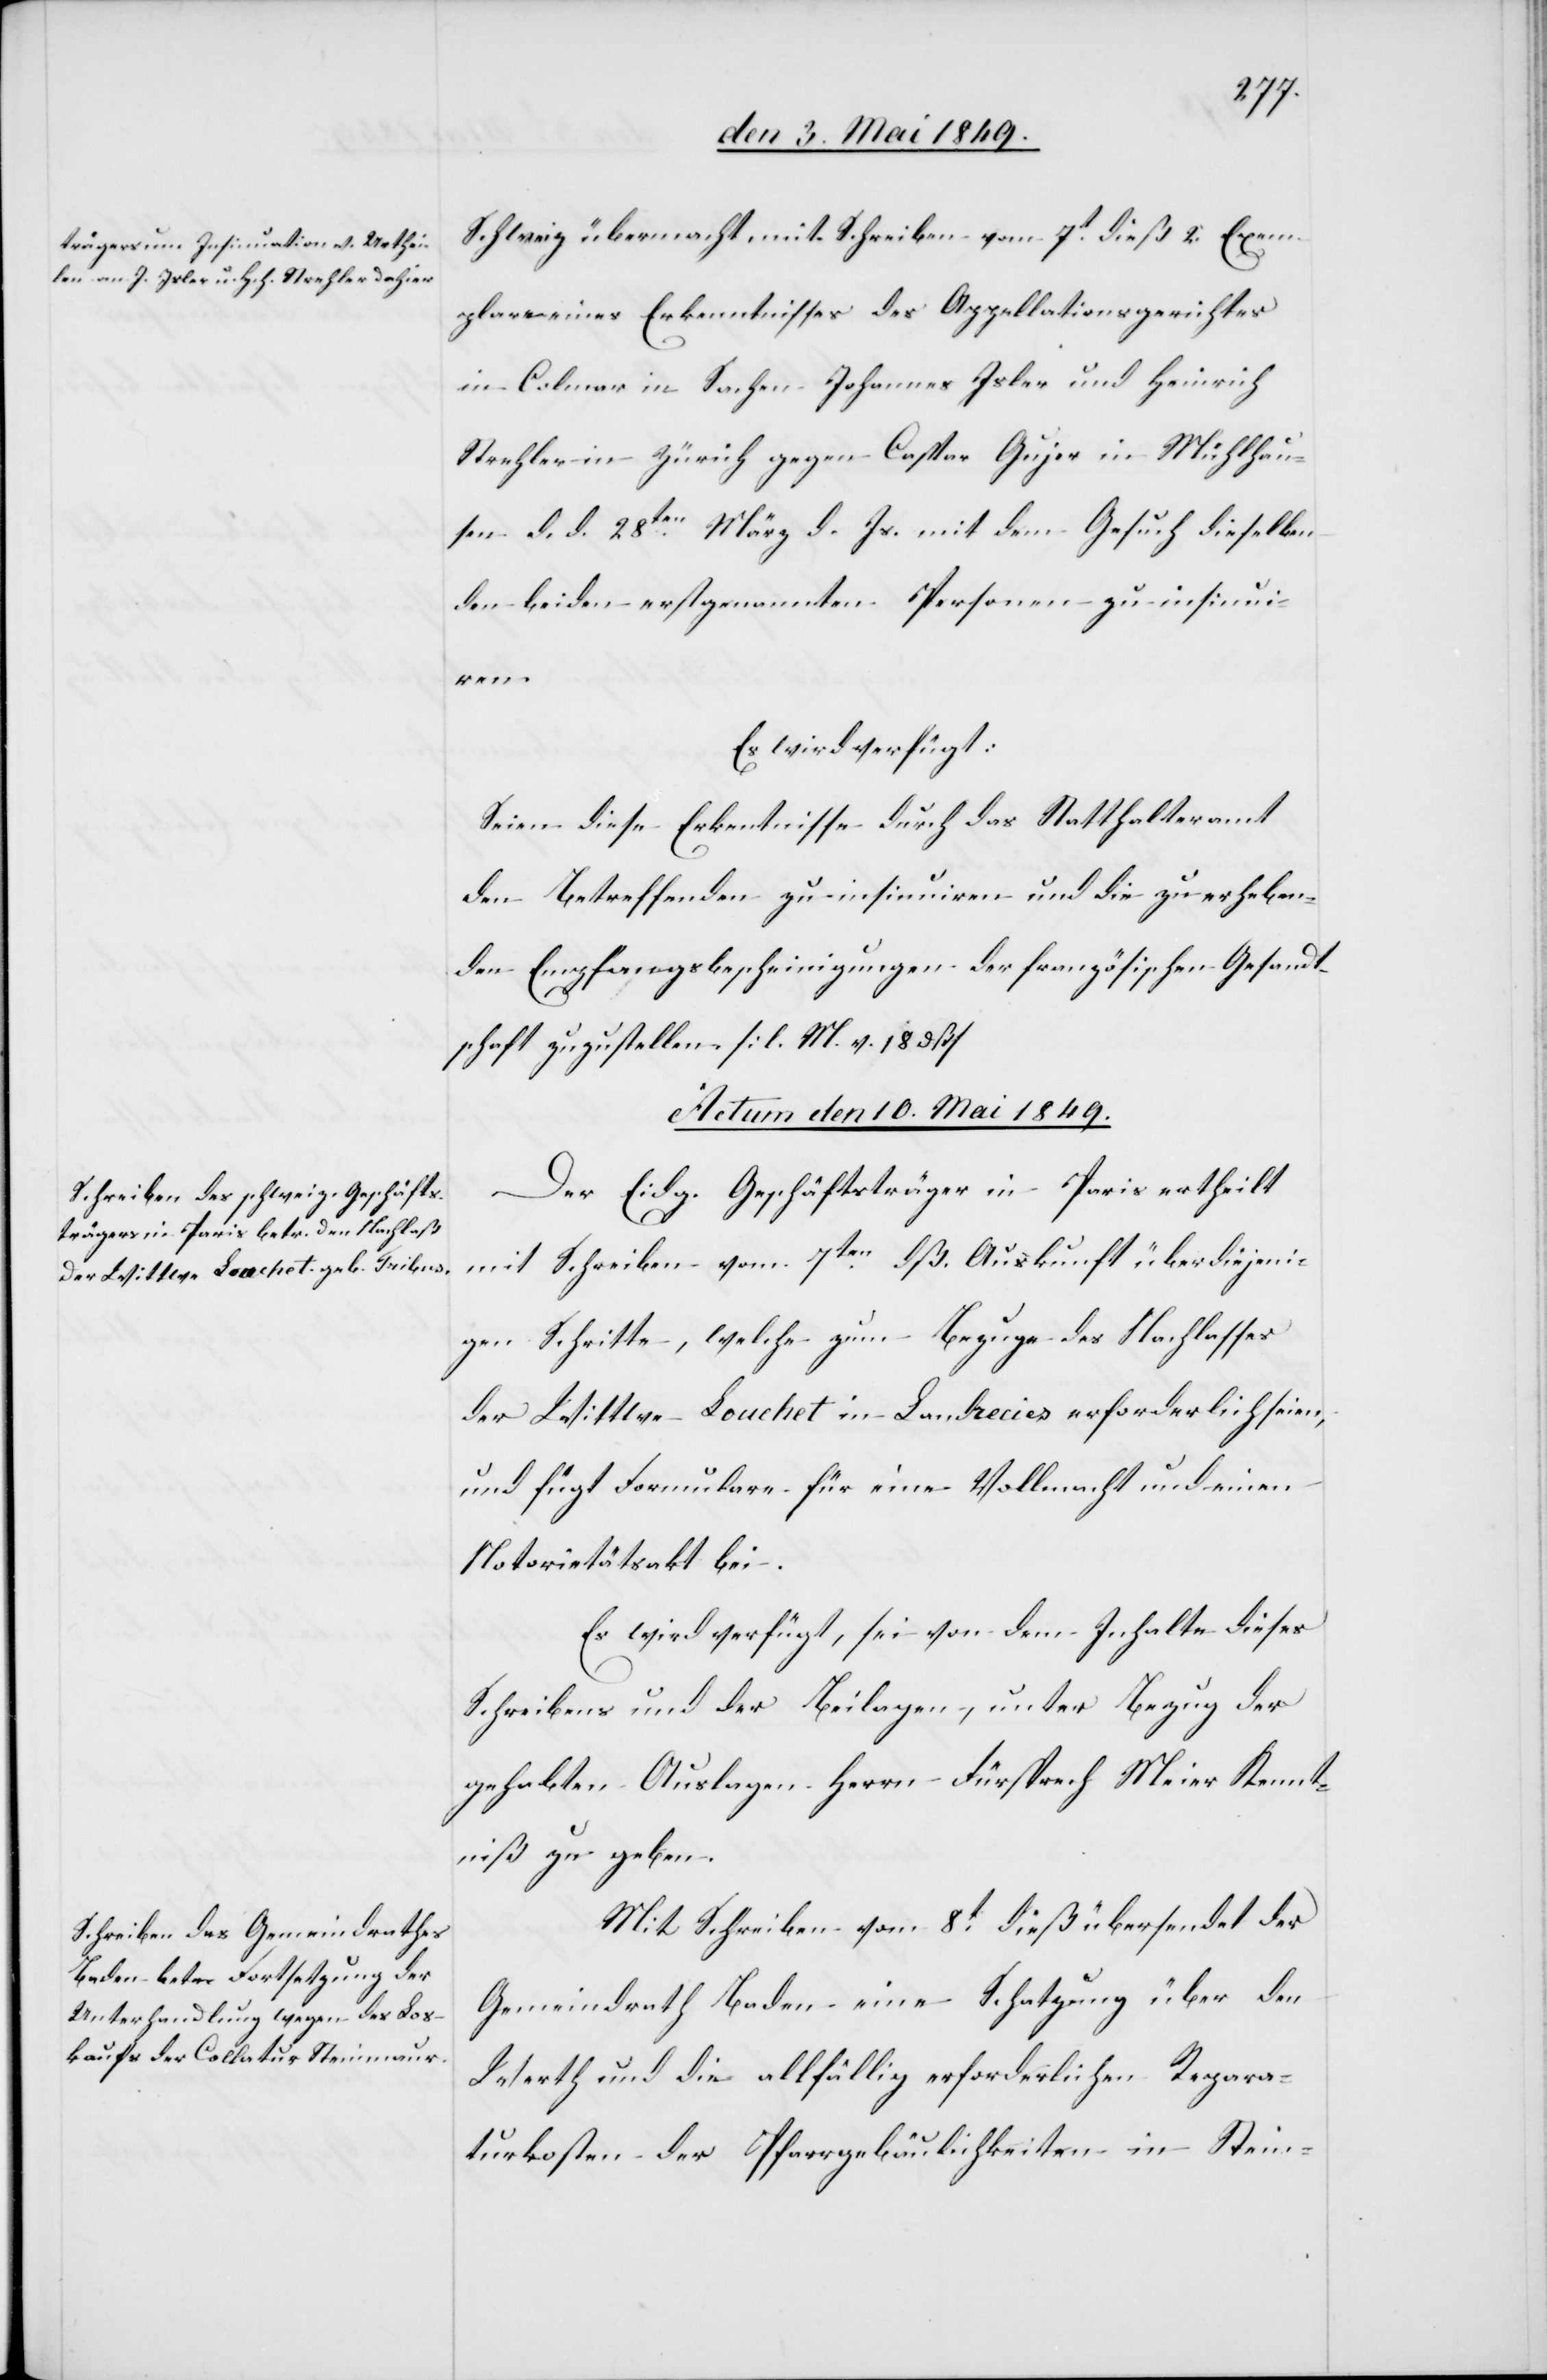
Schweiz übermacht mit Schreiben vom 7t dieß 2. Exem¬
plare eines Erkenntnisses des Appellationsgerichtes
in Colmar in Sachen Johannes Isler und Heinrich
Strehler in Zürich gegen Caspar Gujer in Mühlhau¬
sen d. d. 28ten März d. Js. mit dem Gesuch dieselben
den beiden erstgenannten Personen zu insinui¬
ren.
Es wird verfügt:
Seien diese Erkenntnisse durch das Statthalteramt
den Betreffenden zu insinuiren und die zu erheben¬
den Empfangsbescheinigungen der französischen Gesandt¬
schaft zuzustellen. [l. M. v. 18 dß]
Actum den 10 Mai 1849.]
Der Eidg. Geschäftsträger in Paris ertheilt
mit Schreiben vom 7ten dß. Auskunft über diejeni¬
gen Schritte, welche zum Bezuge des Nachlasses
der Wittwe Louchet in Landrecies erforderlich seien,
und fügt Formulare für eine Vollmacht und einen
Notorietätsakt bei.
Es wird verfügt, sei von dem Inhalte dieses
Schreibens und der Beilagen, unter Bezug der
gehabten Auslagen Herrn Fürsprech Meier Kennt¬
niß zu geben.
Mit Schreiben vom 8t dieß übersendet der
Gemeindrath Baden eine Schatzung über den
Werth und die allfällig erforderlichen Repara¬
turkosten der Pfarrgebäulichkeiten in Stein-